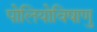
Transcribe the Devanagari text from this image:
पोलियोविषाणु